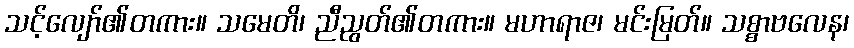
သင့်လျော်၏တကား။ သမေတိ၊ ညီညွတ်၏တကား။ မဟာရာဇ၊ မင်းမြတ်။ သစ္စာဗလေန၊